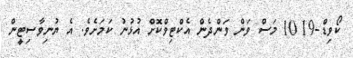
ކޯވިޑް-19 10 މަސް ވަން ވަންދެން އެކްޓިވްކޮށް އުޅުނު ކަމަށެވެ. އެ ޔުނިވާސިޓީން